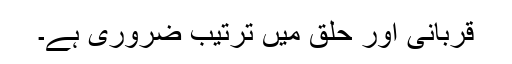
قربانی اور حلق میں ترتیب ضروری ہے۔